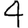
Digit: 4